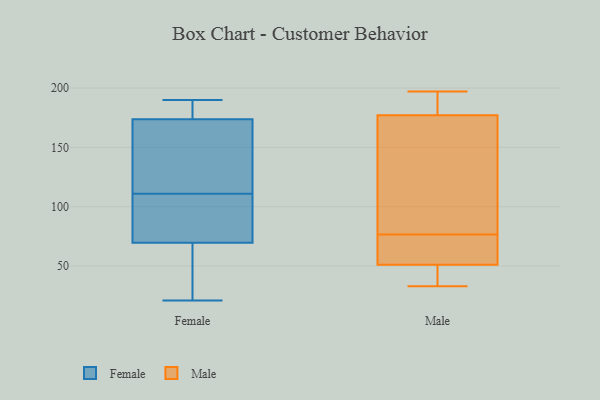
{"axis": {"x": "Humidity (%)", "y": "Value"}, "legend": ["Female", "Male"], "data": [{"x": "", "y": 149, "type": "Female"}, {"x": "", "y": 69, "type": "Female"}, {"x": "", "y": 182, "type": "Female"}, {"x": "", "y": 71, "type": "Female"}, {"x": "", "y": 42, "type": "Female"}, {"x": "", "y": 125, "type": "Female"}, {"x": "", "y": 185, "type": "Female"}, {"x": "", "y": 111, "type": "Female"}, {"x": "", "y": 190, "type": "Female"}, {"x": "", "y": 21, "type": "Female"}, {"x": "", "y": 91, "type": "Female"}, {"x": "", "y": 175, "type": "Male"}, {"x": "", "y": 184, "type": "Male"}, {"x": "", "y": 42, "type": "Male"}, {"x": "", "y": 197, "type": "Male"}, {"x": "", "y": 175, "type": "Male"}, {"x": "", "y": 61, "type": "Male"}, {"x": "", "y": 179, "type": "Male"}, {"x": "", "y": 33, "type": "Male"}, {"x": "", "y": 82, "type": "Male"}, {"x": "", "y": 183, "type": "Male"}, {"x": "", "y": 71, "type": "Male"}, {"x": "", "y": 152, "type": "Male"}, {"x": "", "y": 51, "type": "Male"}, {"x": "", "y": 65, "type": "Male"}, {"x": "", "y": 37, "type": "Male"}, {"x": "", "y": 51, "type": "Male"}]}